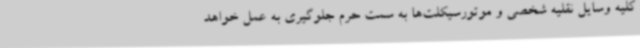
کلیه وسایل نقلیه شخصی و موتورسیکلت‌ها به سمت حرم جلوگیری به عمل خواهد